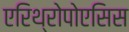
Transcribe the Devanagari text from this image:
एरिथ्रोपोएसिस